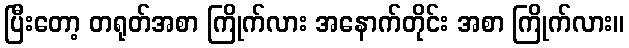
ပြီးတော့ တရုတ်အစာ ကြိုက်လား အနောက်တိုင်း အစာ ကြိုက်လား။